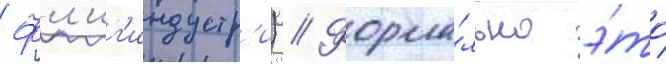
Фл'иг'индустр'и) // Форма́льно э́то